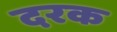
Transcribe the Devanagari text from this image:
दरक